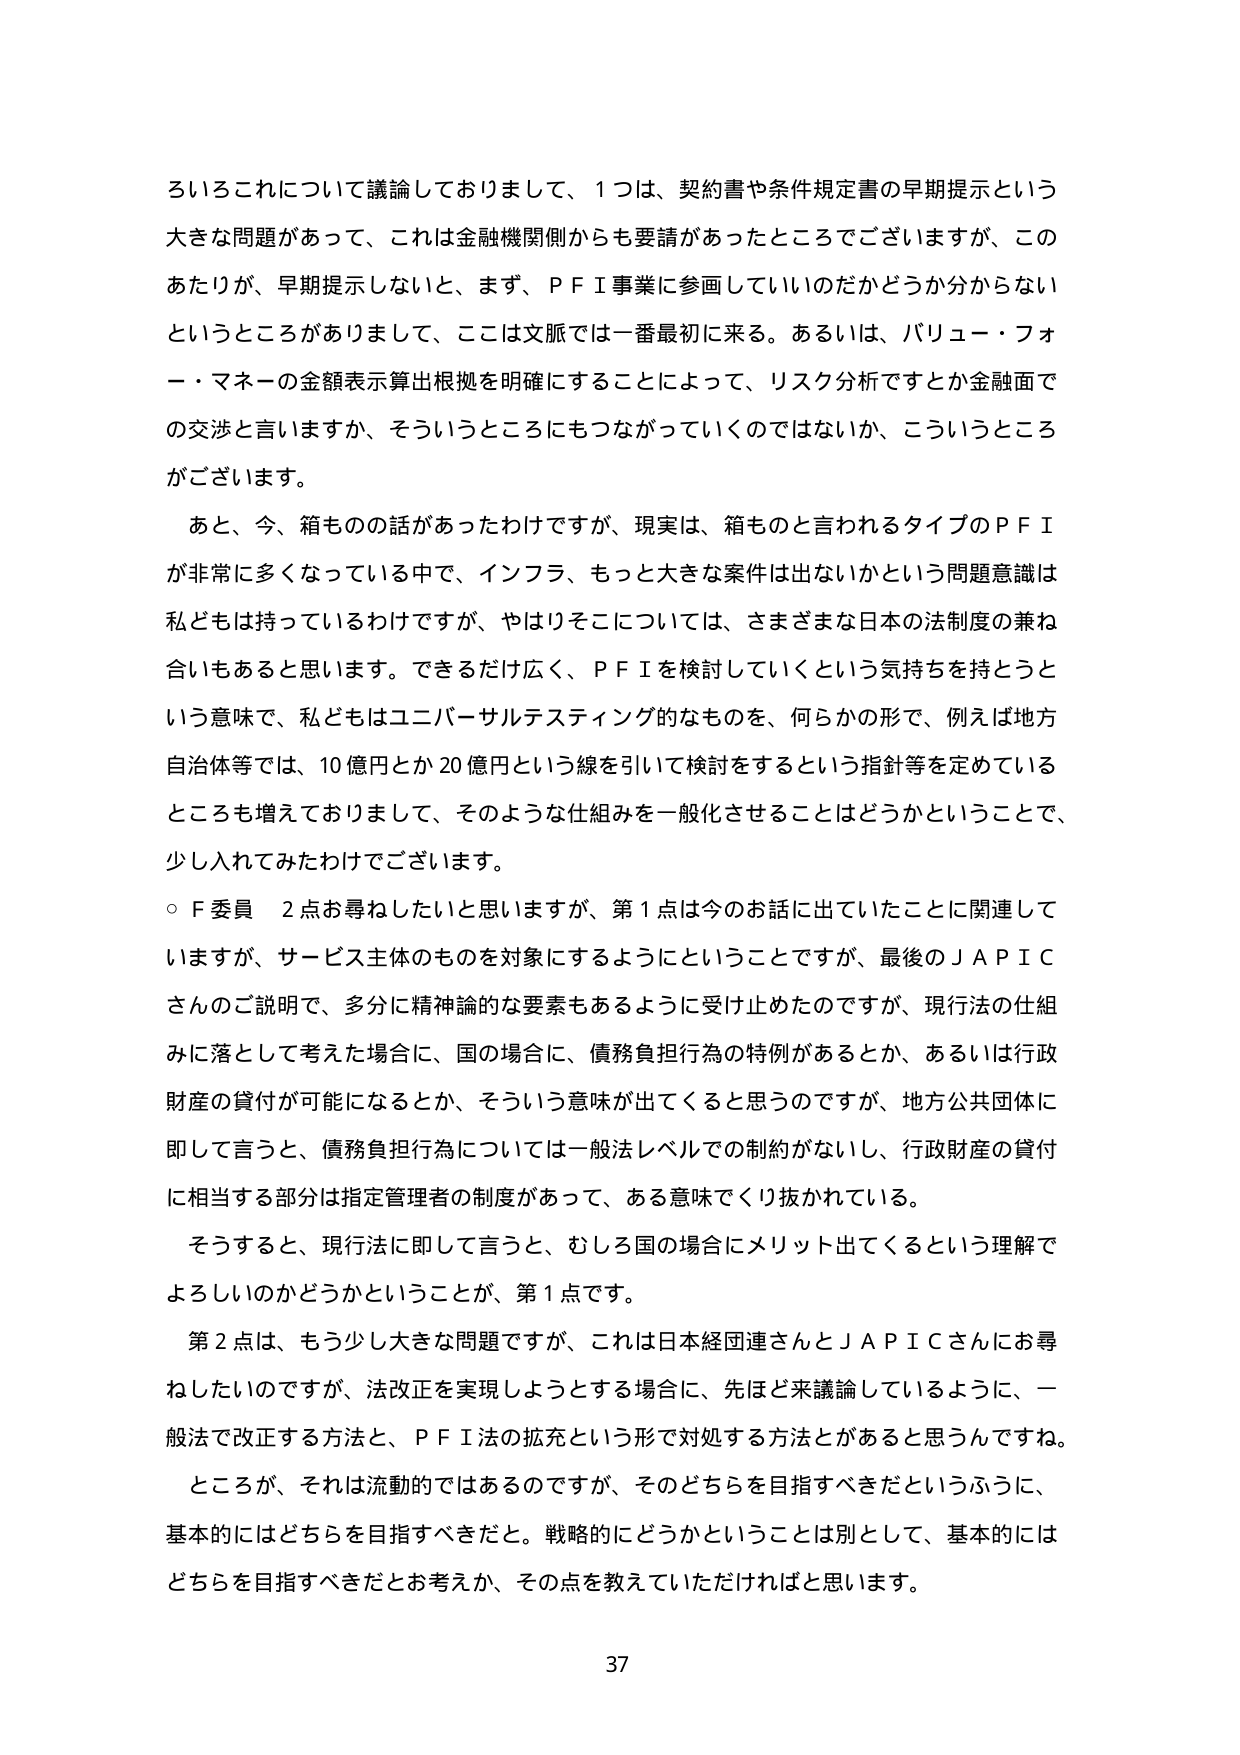
ろいろこれについて議論しておりまして、１つは、契約書や条件規定書の早期提示という大きな問題があって、これは金融機関側からも要請があったところでございますが、このあたりが、早期提示しないと、まず、ＰＦＩ事業に参画していいのかどうか分からないというところがおりまして、ここは文脈では一番最初に来る。あるいは、バリュー・フォー・マネーの金額表示算出根拠を明確にすることによって、リスク分析ですとか金融面での交渉と言いますか、そういうところにもつながっていくのではないかな、こういうところがございます。

あと、今、箱もの話があったわけですが、現実は、箱ものと言われるタイプのＰＦＩが非常に多くなっている中で、インフラ、もっと大きな案件は出ないかという問題意識は私どもは持っているわけですが、やはりそこについては、さまざまな日本の法制度の兼ね合いもあると思います。できるだけ広く、ＰＦＩを検討していくという気持ちを持つという意味で、私どもはユニバーサルテスティング的なものを、何らかの形で、例えば地方自治体等では、10億円とか20億円という線を引いて検討をするという指針等を定めているところも増えておりまして、そのような仕組みを一般化させることはどうかということで、少し入れてみたわけでございます。

○Ｆ委員　２点お尋ねしたいと思いますが、第１点は今のお話に出ていたことに関連していますが、サービス主体のものを対象にするようにということですが、最後のＪＡＰＩＣさんのご説明で、多分に精神論的な要素もあるように受け止めたのですが、現行法の仕組みに落として考えた場合に、国の場合一、債務負担行為の特例があるとか、あるいは行政財産の貸付が可能になるとか、そういう意味が出てくると思うのですが、地方公共団体に即して言うと、債務負担行為については一般法レベルでの制約がないし、行政財産の貸付に相当する部分は指定管理者の制度があって、ある意味でくり抜かれている。

そうすると、現行法に即して言うと、むしろ国の場合一にメリット出てくるという理解でよろしいのかどうかということが、第１点です。

第２点は、もう少し大きな問題ですが、これは日本経団連さんとＪＡＰＩＣさんにお尋ねしたいのですが、法改正を実現しようとする場合に、先ほど来議論しているように、一般法で改正する方法と、ＰＦＩ法の拡充という形で対処する方法とがあると思うんですね。ところが、それは流動的ではあるのですが、そのどちらを目指すべきだというふうに、基本的にはどちらを目指すべきだと。戦略的にどうかということは別として、基本的にはどちらを目指すべきだとお考えか、その点を教えていただければと思います。

37